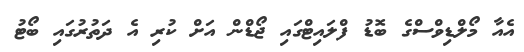
އެއާ މޯލްޑިވްސްގެ ބޮޑު ފްލައިޓްގައި ޖޯޑްން އަށް ކުރި އެ ދަތުރުގައި ބޯޓު